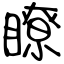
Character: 瞭